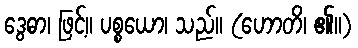
ဒွေဓာ၊ ဖြင့်။ ပစ္စယော၊ သည်။ (ဟောတိ၊ ၏။)